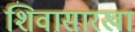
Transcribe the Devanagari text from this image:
शिवासारखा